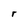
Character: r